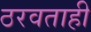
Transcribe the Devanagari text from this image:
ठरवताही